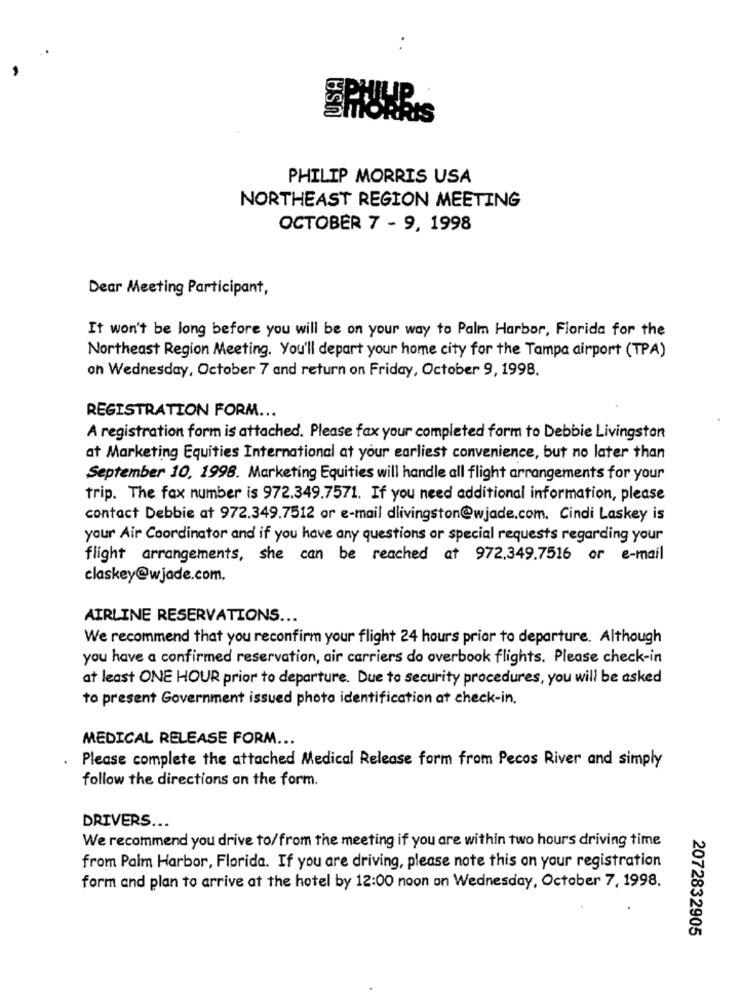
PHILIP MORRIS USA
NORTHEAST REGION MEETING
OCTOBER 7 - 9, 1998
Dear Meeting Participant,
It won't be long before you will be on your way to Palm Harbor, Florida for the
Northeast Region Meeting. You'll depart your home city for the Tampa airport (TPA)
on Wednesday, October 7 and return on Friday, October 9, 1998.
REGISTRATION FORM ...
A registration form is attached. Please fax your completed form to Debbie Livingston
at Marketing Equities International at your earliest convenience, but no later than
September 10, 1998. Marketing Equities will handle all flight arrangements for your
trip. The fax number is 972.349.7571. If you need additional information, please
contact Debbie at 972.349.7512 or e-mail dlivingston@wjade.com. Cindi Laskey is
your Air Coordinator and if you have any questions or special requests regarding your
flight arrangements, she can be reached at 972,349.7516 or e-mail
claskey@wjade.com.
AIRLINE RESERVATIONS ...
We recommend that you reconfirm your flight 24 hours prior to departure. Although
you have a confirmed reservation, air carriers do overbook flights. Please check-in
at least ONE HOUR prior to departure. Due to security procedures, you will be asked
to present Government issued photo identification at check-in.
MEDICAL RELEASE FORM ...
Please complete the attached Medical Release form from Pecos River and simply
follow the directions on the form.
DRIVERS ...
We recommend you drive to/from the meeting if you are within two hours driving time
from Palm Harbor, Florida. If you are driving, please note this on your registration
form and plan to arrive at the hotel by 12:00 noon on Wednesday, October 7, 1998.
2072832905